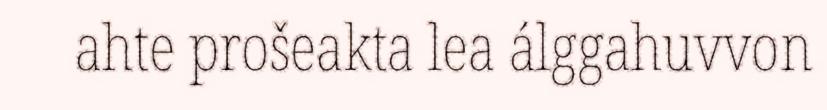
ahte prošeakta lea álggahuvvon